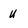
Character: u